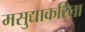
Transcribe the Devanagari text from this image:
मसुद्याकरिता